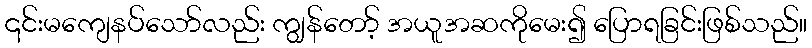
၎င်းမကျေနပ်သော်လည်း ကျွန်တော့် အယူအဆကိုမေး၍ ပြောရခြင်းဖြစ်သည်။